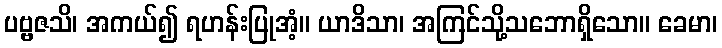
ပဗ္ဗဇသိ၊ အကယ်၍ ရဟန်းပြုအံ့။ ယာဒိသာ၊ အကြင်သို့သဘောရှိသော။ ခေမာ၊